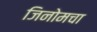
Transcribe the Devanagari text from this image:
जिनोमचा